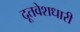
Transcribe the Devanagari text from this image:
दूतवेशधारी